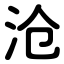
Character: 沧